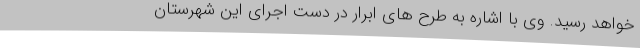
خواهد رسید. وی با اشاره به طرح های ابرار در دست اجرای این شهرستان